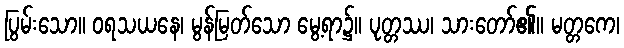
ပြွမ်းသော။ ဝရသယနေ၊ မွန်မြတ်သော မွေ့ရာ၌။ ပုတ္တဿ၊ သားတော်၏။ မတ္တကေ၊